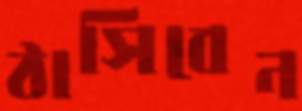
ঠাসিবেন